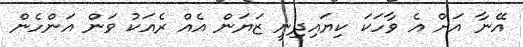
އޭނާ އަށް އެ ވާހަކަ ކިޔައިދިނީ ޒަޔަން އެއް ރެއަކު ވަން އަންހެން